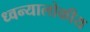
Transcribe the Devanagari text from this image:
ध्वन्यालोकीय